Investigations on Bengal jail dietaries - Number 37
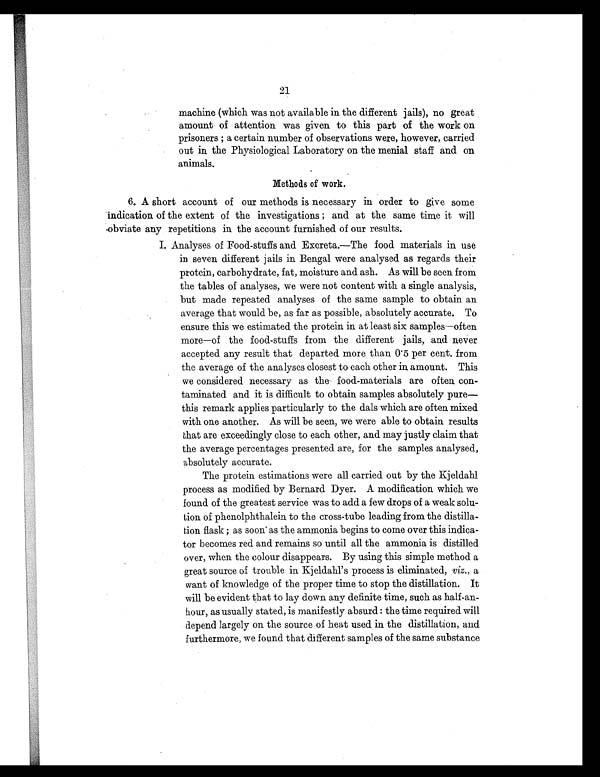
21
machine (which was not available in the different jails), no great
amount of attention was given to this part of the work on
prisoners ; a certain number of observations were, however, carried
out in the Physiological Laboratory on the menial staff and on
animals.
Methods of work.
6. A short account of our methods is necessary in order to give some
indication of the extent of the investigations; and at the same time it will
obviate any repetitions in the account furnished of our results.
I. Analyses of Food-stuffs and Excreta.—The food materials in use
in seven different jails in Bengal were analysed as regards their
protein, carbohydrate, fat, moisture and ash. As will be seen from
the tables of analyses, we were not content with a single analysis,
but made repeated analyses of the same sample to obtain an
average that would be, as far as possible, absolutely accurate. To
ensure this we estimated the protein in at least six samples—often
more—of the food-stuffs from the different jails, and never
accepted any result that departed more than 0.5 per cent. from
the average of the analyses closest to each other in amount. This
we considered necessary as the food-materials are often con-
taminated and it is difficult to obtain samples absolutely pure—
this remark applies particularly to the dals which are often mixed
with one another. As will be seen, we were able to obtain results
that are exceedingly close to each other, and may justly claim that
the average percentages presented are, for the samples analysed,
absolutely accurate.
The protein estimations were all carried out by the Kjeldahl
process as modified by Bernard Dyer. A modification which we
found of the greatest service was to add a few drops of a weak solu-
tion of phenolphthalein to the cross-tube leading from the distilla-
tion flask ; as soon as the ammonia begins to come over this indica-
tor becomes red and remains so until all the ammonia is distilled
over, when the colour disappears. By using this simple method a
great source of trouble in Kjeldahl's process is eliminated, viz., a
want of knowledge of the proper time to stop the distillation. It
will be evident that to lay down any definite time, such as half -an-
hour, as usually stated, is manifestly absurd : the time required will
depend largely on the source of heat used in the distillation, and
furthermore, we found that different samples of the same substance